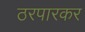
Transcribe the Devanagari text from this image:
ठरपारकर